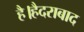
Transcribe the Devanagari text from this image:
है।हैदराबाद